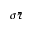
\sigma \bar { \tau }